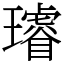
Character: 𤪻